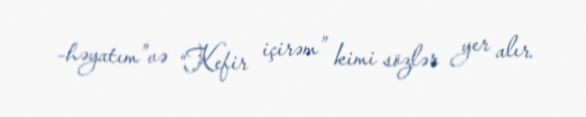
–həyatım”və “Kefir içirəm” kimi sözlər yer alır.